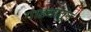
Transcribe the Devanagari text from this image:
गाड्यातून